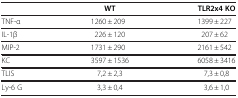
<table><thead><tr><td><b> </b></td><td><b>WT</b></td><td><b>TLR2x4 KO</b></td></tr></thead><tbody><tr><td>TNF-α</td><td>1260 ± 209</td><td>1399 ± 227</td></tr><tr><td>IL-1β</td><td>226 ± 120</td><td>207 ± 62</td></tr><tr><td>MIP-2</td><td>1731 ± 290</td><td>2161 ± 542</td></tr><tr><td>KC</td><td>3597 ± 1536</td><td>6058 ± 3416</td></tr><tr><td>TLIS</td><td>7,2 ± 2,3</td><td>7,3 ± 0,8</td></tr><tr><td>Ly-6 G</td><td>3,3 ± 0,4</td><td>3,6 ± 1,0</td></tr></tbody></table>